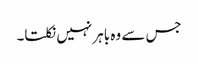
جس سے وہ باہر نہیں نکلتا۔